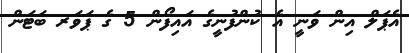
އެޕަލް އިން ވަނީ އެ ކުންފުނީގެ އައިފޯން 5 ގެ ޕަވަރ ބަޓަން